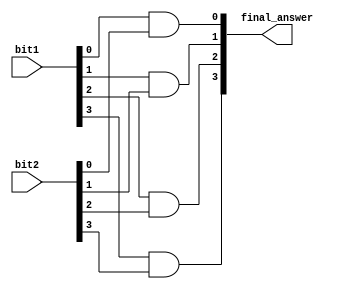
module ande(
output wire [4:0]final_answer,
   input[3:0] bit1,
    input[3:0] bit2
);
  and(final_answer[0],bit1[0],bit2[0]);
  and(final_answer[1],bit1[1],bit2[1]);
  and(final_answer[2],bit1[2],bit2[2]);
  and(final_answer[3],bit1[3],bit2[3]);
endmodule